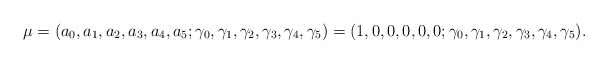
\begin{align*}\mu=(a_0,a_1,a_2,a_3,a_4,a_5;\gamma_0,\gamma_1,\gamma_2,\gamma_3,\gamma_4,\gamma_5)=(1,0,0,0,0,0;\gamma_0,\gamma_1,\gamma_2,\gamma_3,\gamma_4,\gamma_5).\end{align*}